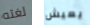
لغته يعيش